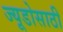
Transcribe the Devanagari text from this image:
ज्यूडोसाठी